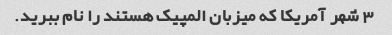
3 شهر آمریکا که میزبان المپیک هستند را نام ببرید.